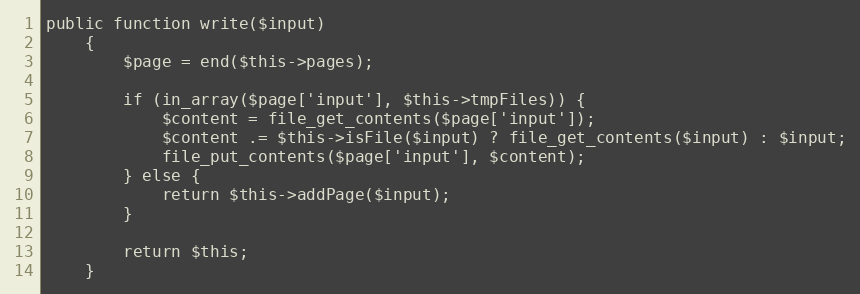
Language: PHP
public function write($input)
    {
        $page = end($this->pages);

        if (in_array($page['input'], $this->tmpFiles)) {
            $content = file_get_contents($page['input']);
            $content .= $this->isFile($input) ? file_get_contents($input) : $input;
            file_put_contents($page['input'], $content);
        } else {
            return $this->addPage($input);
        }

        return $this;
    }